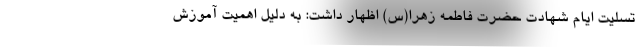
تسلیت ایام شهادت حضرت فاطمه زهرا(س) اظهار داشت: به دلیل اهمیت آموزش